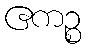
ဧကဉ္စ